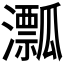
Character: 𤃛